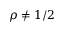
\rho \neq 1 / 2